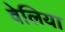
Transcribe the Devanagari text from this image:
वेलिया